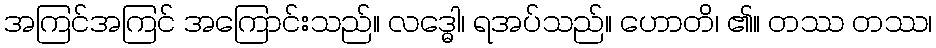
အကြင်အကြင် အကြောင်းသည်။ လဒ္ဓေါ၊ ရအပ်သည်။ ဟောတိ၊ ၏။ တဿ တဿ၊